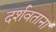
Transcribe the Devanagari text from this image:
दर्शवताना